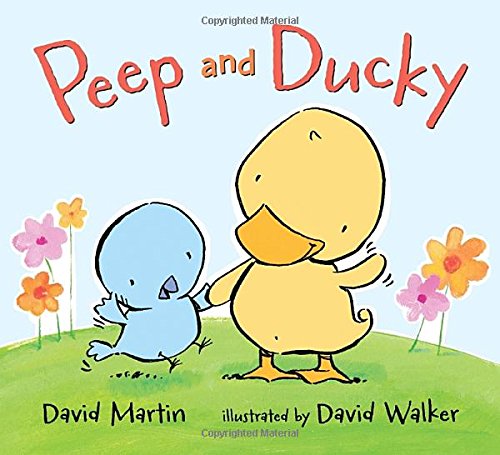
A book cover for Peep and Ducky; David Martin; Children's Books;